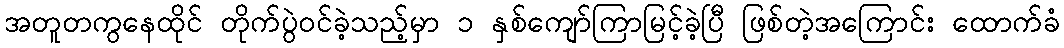
အတူတကွနေထိုင် တိုက်ပွဲဝင်ခဲ့သည့်မှာ ၁ နှစ်ကျော်ကြာမြင့်ခဲ့ပြီ ဖြစ်တဲ့အကြောင်း ထောက်ခံ